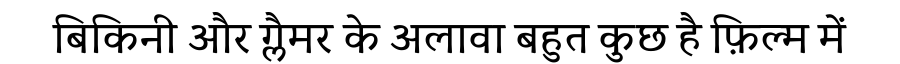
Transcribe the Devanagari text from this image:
बिकिनी और ग्लैमर के अलावा बहुत कुछ है फ़िल्म में